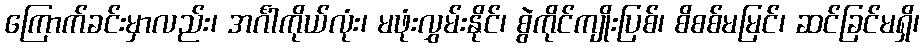
ကြောက်ခင်းမှာလည်း၊ အင်္ဂါကိုယ်လုံး၊ မဖုံးလွှမ်းနိုင်၊ စွဲကိုင်ကျိုးပြစ်၊ စိစစ်မမြင်၊ ဆင်ခြင်မရှိ၊